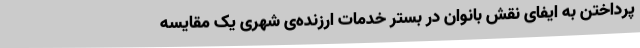
پرداختن به ایفای نقش بانوان در بستر خدمات ارزنده‌ی شهری یک مقایسه